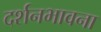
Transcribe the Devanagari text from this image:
दर्शनभावना